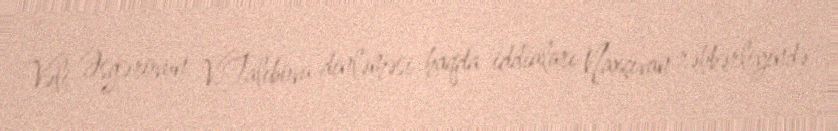
Vəli Əsgərovun V.Talıbovu dinləməsi haqda iddiaları Naxçıvan rəhbərliyində